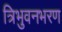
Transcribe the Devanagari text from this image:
त्रिभुवनभरण